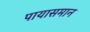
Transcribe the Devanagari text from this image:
पायासमान